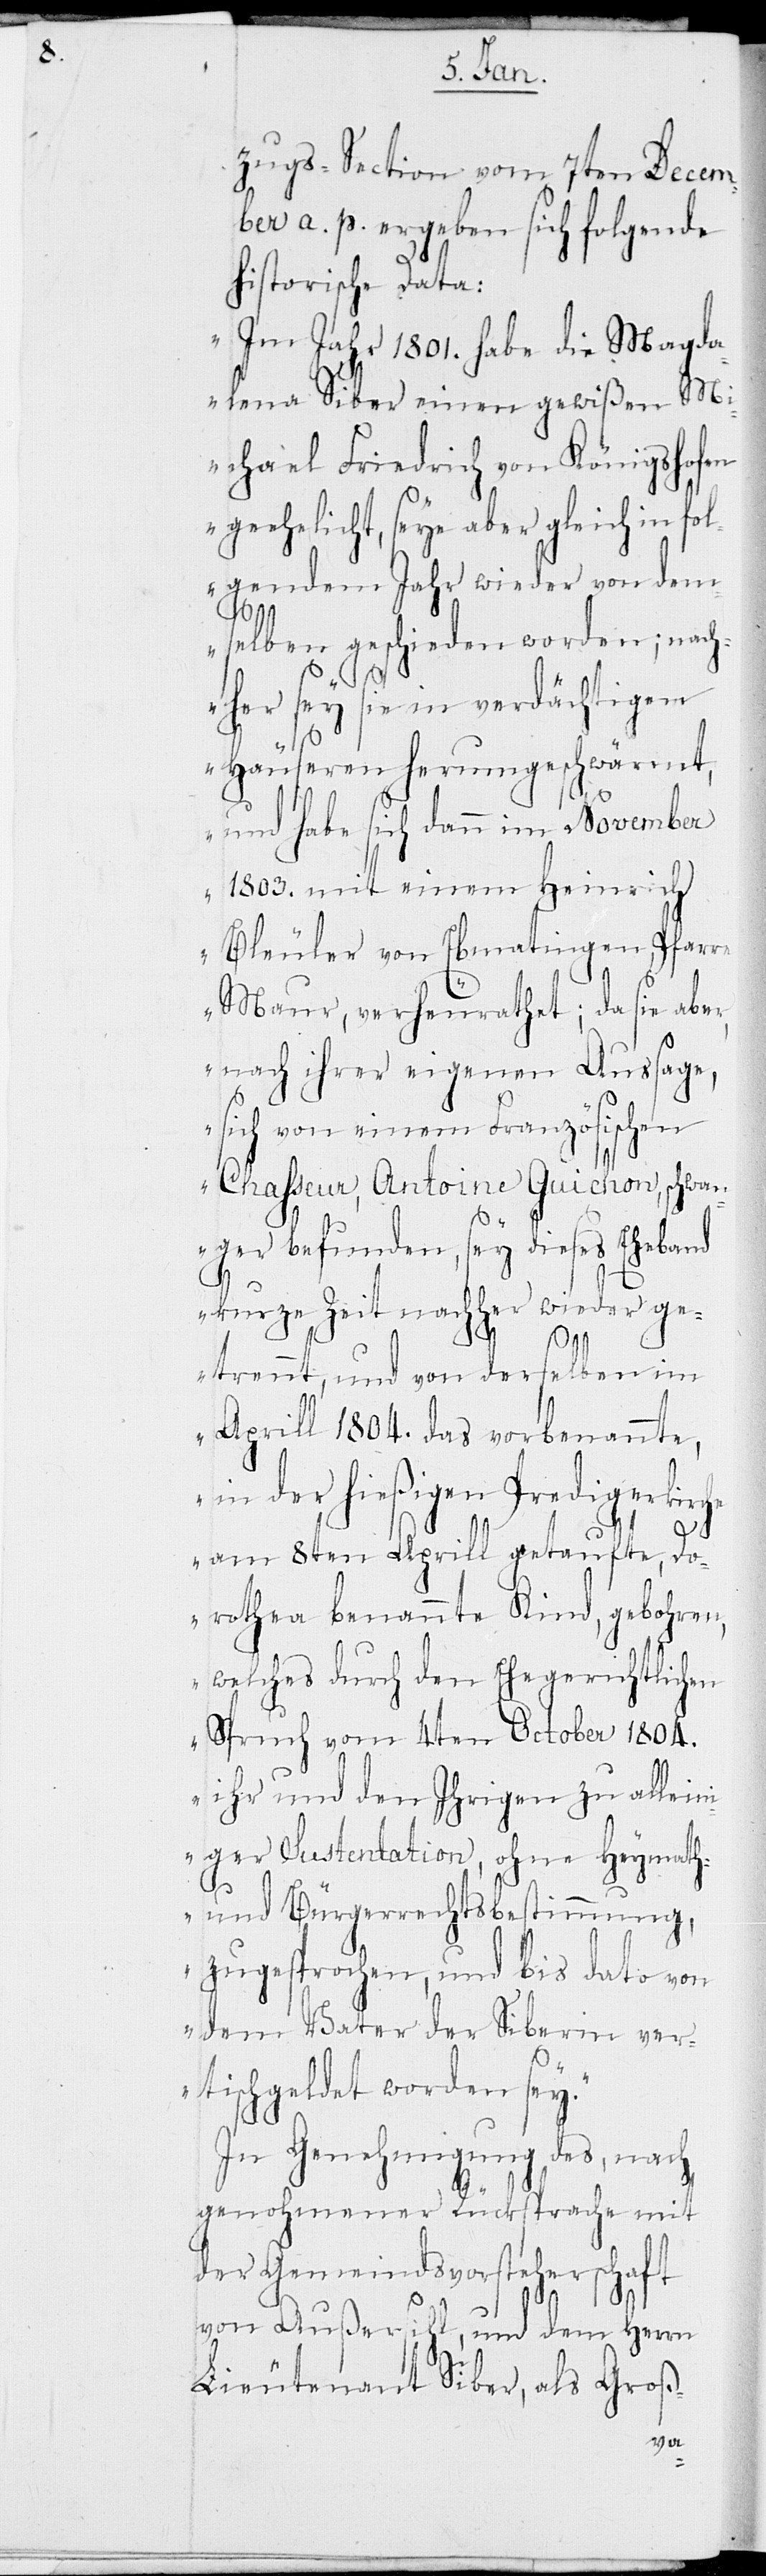
zugs-Section vom 7ten Decem¬
ber a. p. ergeben sich folgende
historische Data:
„Im Jahr 1801. habe die Magda¬
lena Siber einen gewißen M¬
ichael Friedrich von Königshofen
geehelicht, seye aber gleich in fol¬
gendem Jahr wieder von dem¬
selben geschieden worden; nach¬
her sey sie in verdächtigern
Häuseren herumgeschwärmt,
und habe sich dann im November
1803. mit einem Heinrich
Bleuler von Ebmatingen, Pfarre
Maur, verheurathet; da sie abe¬
r,
nach ihrer eigenen Aussage,
sich von einem Französischen
Chasseur, Antoine Guichon, schwan¬
ger befunden, sey dieses Eheband
kurze Zeit nachher wieder ge¬
trennt, und von derselben im
Aprill 1804. das vorbenannte,
in der hiesigen Predigerkir¬
che
am 8ten Aprill getaufte, Do¬
rothea benannte Kind, gebohren,
welches durch den Ehegerichtlichen
Spruch vom 4ten Oktober 1804.
ihr und den Ihrigen zu allein¬
iger Sustentation, ohne Heymath-
und Bürgerrechtsbestimmung,
zugesprochen, und bis dato von
dem Vater der Siberin ver¬
tischgeldet worden sey.“
In Genehmigung des, nach
genohmener Rücksprache mit
der Gemeindsvorsteherschaft
von Außersihl, und dem Herrn
Lieutenant Siber, als Groß-